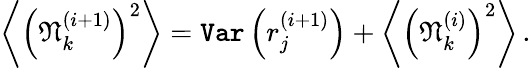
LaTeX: \left\langle\left(\mathfrak{N}_{k}^{(i+1)}\right)^{2}\right\rangle=\texttt{Var}\left(r_{j}^{(i+1)}\right)+\left\langle\left(\mathfrak{N}_{k}^{(i)}\right)^{2}\right\rangle\, .